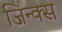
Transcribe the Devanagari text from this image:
जिन्क्स